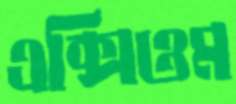
এক্সিওম